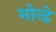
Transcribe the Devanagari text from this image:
मोन्डे